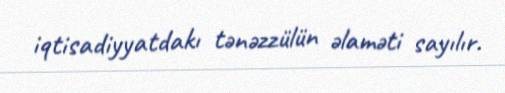
iqtisadiyyatdakı tənəzzülün əlaməti sayılır.